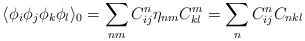
\begin{align*}\langle \phi_i \phi_j \phi_k \phi_l\rangle_{0} = \sum_{nm} C_{ij}^{n} \eta_{nm}C_{kl}^{m} = \sum_n C_{ij}^{n} C_{nkl}\end{align*}